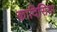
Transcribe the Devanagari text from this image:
क़ादिसिया